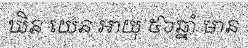
ឃិន យេន អាយុ ៥៦ឆ្នាំ មាន